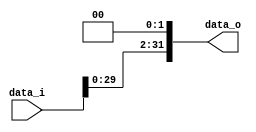
// 0516244 TAY CHUN KEAT ???
//Subject:      CO project 2 - Shift_Left_Two_32
//--------------------------------------------------------------------------------
//Version:     1
//--------------------------------------------------------------------------------
//Description: 
//--------------------------------------------------------------------------------

module Shift_Left_Two_32(
    data_i,
    data_o
);

//I/O ports                    
input [32-1:0] data_i;
output [32-1:0] data_o;

wire   [32-1:0] data_o;
//shift left 2
assign data_o = {data_i[29:0], 2'b00};     
endmodule